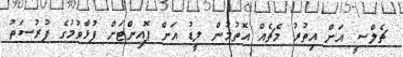
ޗެލްސީ އަށް އިތުރު މެޗެއް އޮތުމުން ލީޑު އަށް ޕޮއިންޓަށް ފުޅާވުމުގެ ފުރުސަތު